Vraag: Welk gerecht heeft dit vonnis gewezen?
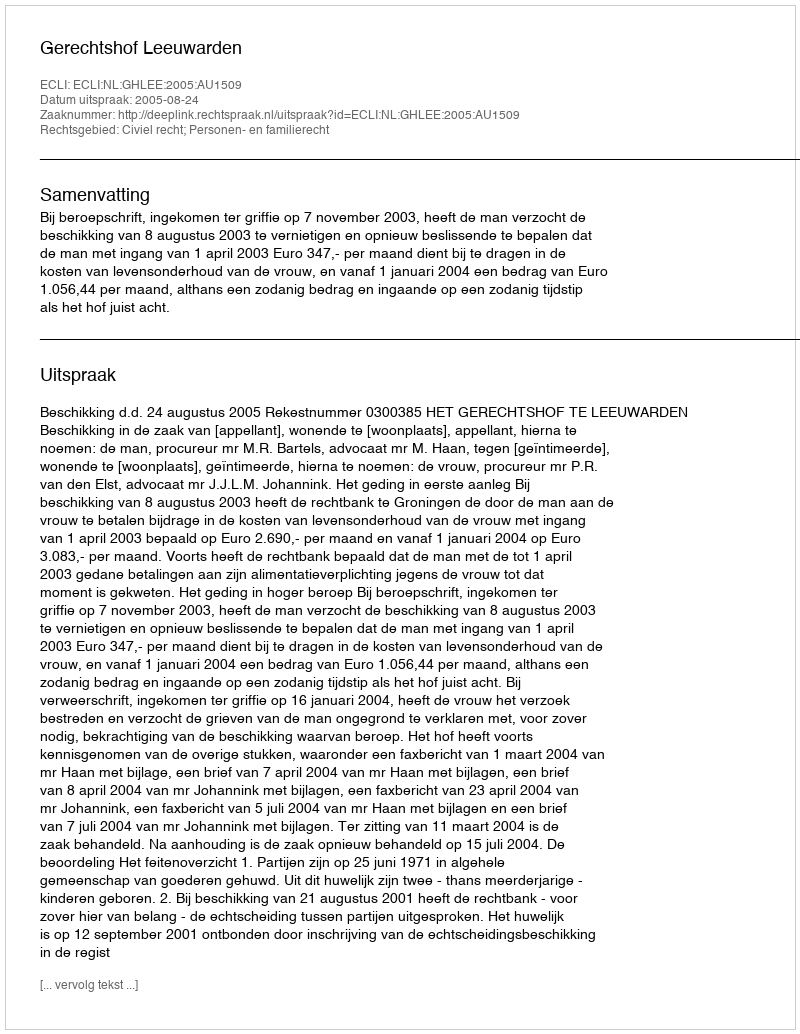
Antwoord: Gerechtshof Leeuwarden